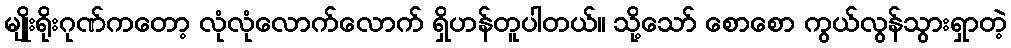
မျိုးရိုးဂုဏ်ကတော့ လုံလုံလောက်လောက် ရှိဟန်တူပါတယ်။ သို့သော် စောစော ကွယ်လွန်သွားရှာတဲ့